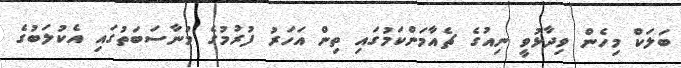
ބަލަކް މިހެން ވިދާޅުވީ ނިއުގެ ޗެއާމަންކަމުގައި ތިން އަހަރު ފުރުމުގެ މުނާސަބަތުގައި އެކުލަބުގެ